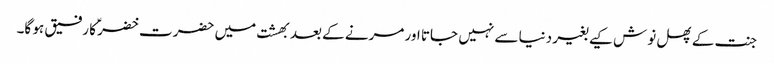
جنت کے پھل نوش کیے بغیر دنیا سے نہیں جاتا اور مرنے کے بعد بھشت میں حضرت خضرؑ کا رفیق ہو گا۔